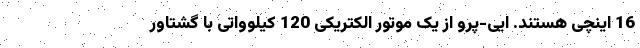
16 اینچی هستند. ایی-پرو از یک موتور الکتریکی 120 کیلوواتی با گشتاور